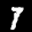
Label: 7